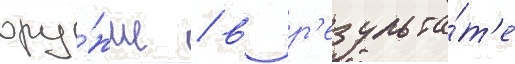
ору́жие / в р'езульта́т'е